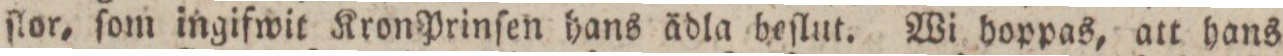
ſlor, ſom ingifwit Kron Prinſen hans ädla beſlut. Wi hoppas, att hans